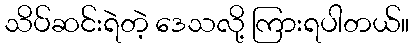
သိပ်ဆင်းရဲတဲ့ ဒေသလို့ ကြားရပါတယ်။